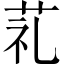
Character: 𦮲